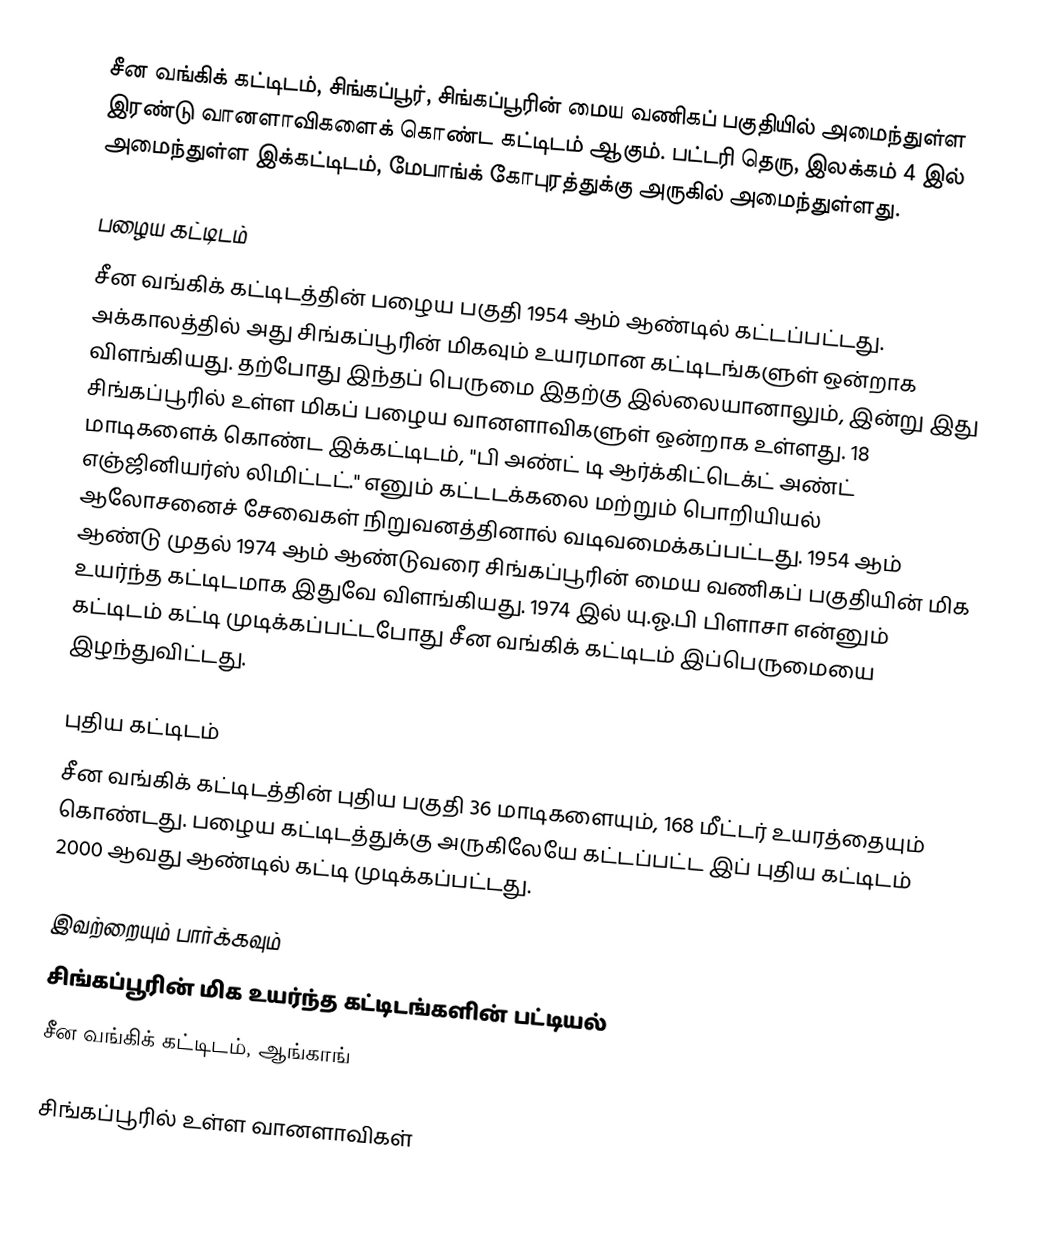
சீன வங்கிக் கட்டிடம், சிங்கப்பூர், சிங்கப்பூரின் மைய வணிகப் பகுதியில் அமைந்துள்ள இரண்டு வானளாவிகளைக் கொண்ட கட்டிடம் ஆகும்.  பட்டரி தெரு, இலக்கம் 4 இல் அமைந்துள்ள இக்கட்டிடம், மேபாங்க் கோபுரத்துக்கு அருகில் அமைந்துள்ளது.

பழைய கட்டிடம்
சீன வங்கிக் கட்டிடத்தின் பழைய பகுதி 1954 ஆம் ஆண்டில் கட்டப்பட்டது. அக்காலத்தில் அது சிங்கப்பூரின் மிகவும் உயரமான கட்டிடங்களுள் ஒன்றாக விளங்கியது. தற்போது இந்தப் பெருமை இதற்கு இல்லையானாலும், இன்று இது சிங்கப்பூரில் உள்ள மிகப் பழைய வானளாவிகளுள் ஒன்றாக உள்ளது. 18 மாடிகளைக் கொண்ட இக்கட்டிடம், "பி அண்ட் டி ஆர்க்கிட்டெக்ட் அண்ட் எஞ்ஜினியர்ஸ் லிமிட்டட்." எனும் கட்டடக்கலை மற்றும் பொறியியல் ஆலோசனைச் சேவைகள் நிறுவனத்தினால் வடிவமைக்கப்பட்டது. 1954 ஆம் ஆண்டு முதல் 1974 ஆம் ஆண்டுவரை சிங்கப்பூரின் மைய வணிகப் பகுதியின் மிக உயர்ந்த கட்டிடமாக இதுவே விளங்கியது. 1974 இல் யு.ஓ.பி பிளாசா என்னும் கட்டிடம் கட்டி முடிக்கப்பட்டபோது சீன வங்கிக் கட்டிடம் இப்பெருமையை இழந்துவிட்டது.

புதிய கட்டிடம்
சீன வங்கிக் கட்டிடத்தின் புதிய பகுதி 36 மாடிகளையும், 168 மீட்டர்  உயரத்தையும் கொண்டது. பழைய கட்டிடத்துக்கு அருகிலேயே கட்டப்பட்ட இப் புதிய கட்டிடம் 2000 ஆவது ஆண்டில் கட்டி முடிக்கப்பட்டது.

இவற்றையும் பார்க்கவும்
 சிங்கப்பூரின் மிக உயர்ந்த கட்டிடங்களின் பட்டியல்
 சீன வங்கிக் கட்டிடம், ஆங்காங்

சிங்கப்பூரில் உள்ள வானளாவிகள்